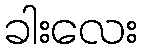
ခါးလေး